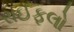
રાઈફલો